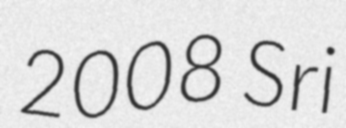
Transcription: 2008 Sri